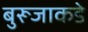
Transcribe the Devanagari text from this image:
बुरूजाकडे